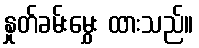
နှုတ်ခမ်းမွှေး ထားသည်။